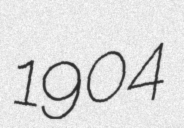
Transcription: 1904